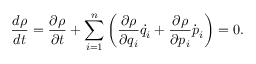
{ \frac { d \rho } { d t } } = { \frac { \partial \rho } { \partial t } } + \sum _ { i = 1 } ^ { n } \left( { \frac { \partial \rho } { \partial q _ { i } } } { \dot { q } } _ { i } + { \frac { \partial \rho } { \partial p _ { i } } } { \dot { p } } _ { i } \right) = 0 .